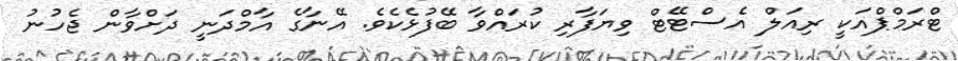
ޓްރަމްޕްއަކީ ރިއަލް އެސްޓޭޓް ވިޔަފާރި ކުރައްވާ ބޭފުޅެކެވެ. އޭނާގެ އާމްދަނީ ދަށްވާން ޖެހުނު